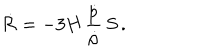
\dot { { \cal R } } = - 3 H \, \frac { \dot { p } } { \dot { \rho } } \, S \, .